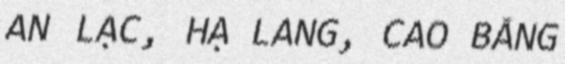
AN LẠC, HẠ LANG, CAO BẰNG